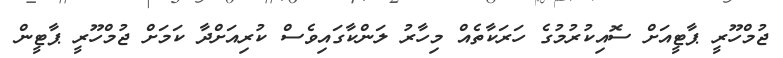
ޖުމްހޫރީ ޕާޓީއަށް ސޮއިކުރުމުގެ ހަރަކާތެއް މިހާރު ލަންކާގައިވެސް ކުރިއަށްދާ ކަމަށް ޖުމްހޫރީ ޕާޓީން